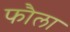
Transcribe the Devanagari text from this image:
फौला